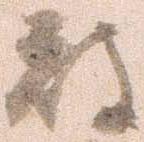
被